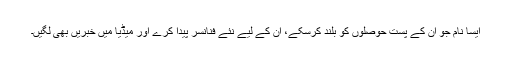
ایسا نام جو ان کے پست حوصلوں کو بلند کرسکے، ان کے لیے نئے فنانسر پیدا کرے اور میڈیا میں خبریں بھی لگیں۔